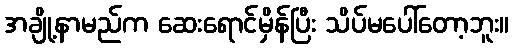
အချို့နာမည်က ဆေးရောင်မှိန်ပြီး သိပ်မပေါ်တော့ဘူး။